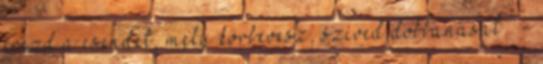
érezd a csendet, mely körbevesz, szíved dobbanását . -